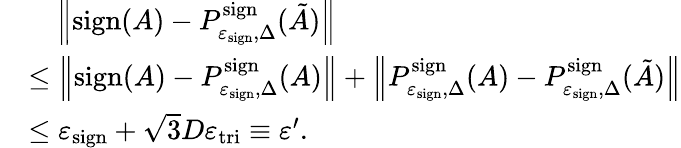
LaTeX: \begin{array}{rl}&{\quad\left\| \mathrm{sign}(A)-P_{\varepsilon_{\mathrm{sign}},\Delta}^{\mathrm{sign}}(\tilde{A})\right\| }\\ &{\leq\left\| \mathrm{sign}(A)-P_{\varepsilon_{\mathrm{sign}},\Delta}^{\mathrm{sign}}(A)\right\| +\left\| P_{\varepsilon_{\mathrm{sign}},\Delta}^{\mathrm{sign}}(A)-P_{\varepsilon_{\mathrm{sign}},\Delta}^{\mathrm{sign}}(\tilde{A})\right\| }\\ &{\leq\varepsilon_{\mathrm{sign}}+\sqrt{3}D\varepsilon_{\mathrm{tri}}\equiv\varepsilon^{\prime}.}\end{array}